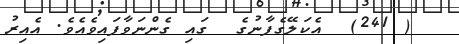
( 241)  އެކަލޭގެފާނުގެ  ގައި ގެންނަވާފައިވެއެވެ. އެއިރު